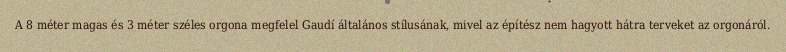
A 8 méter magas és 3 méter széles orgona megfelel Gaudí általános stílusának, mivel az építész nem hagyott hátra terveket az orgonáról.